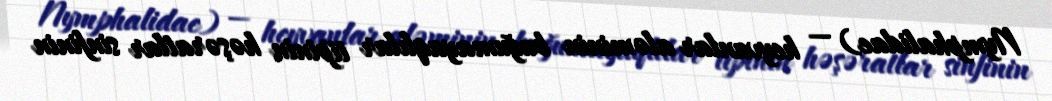
Nymphalidae) — heyvanlar aləminin buğumayaqlılar tipinin həşəratlar sinfinin